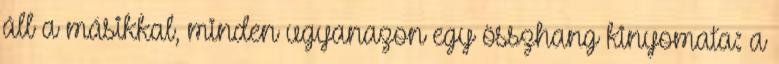
áll a másikkal, minden ugyanazon egy összhang kinyomata: a